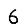
Digit: 6